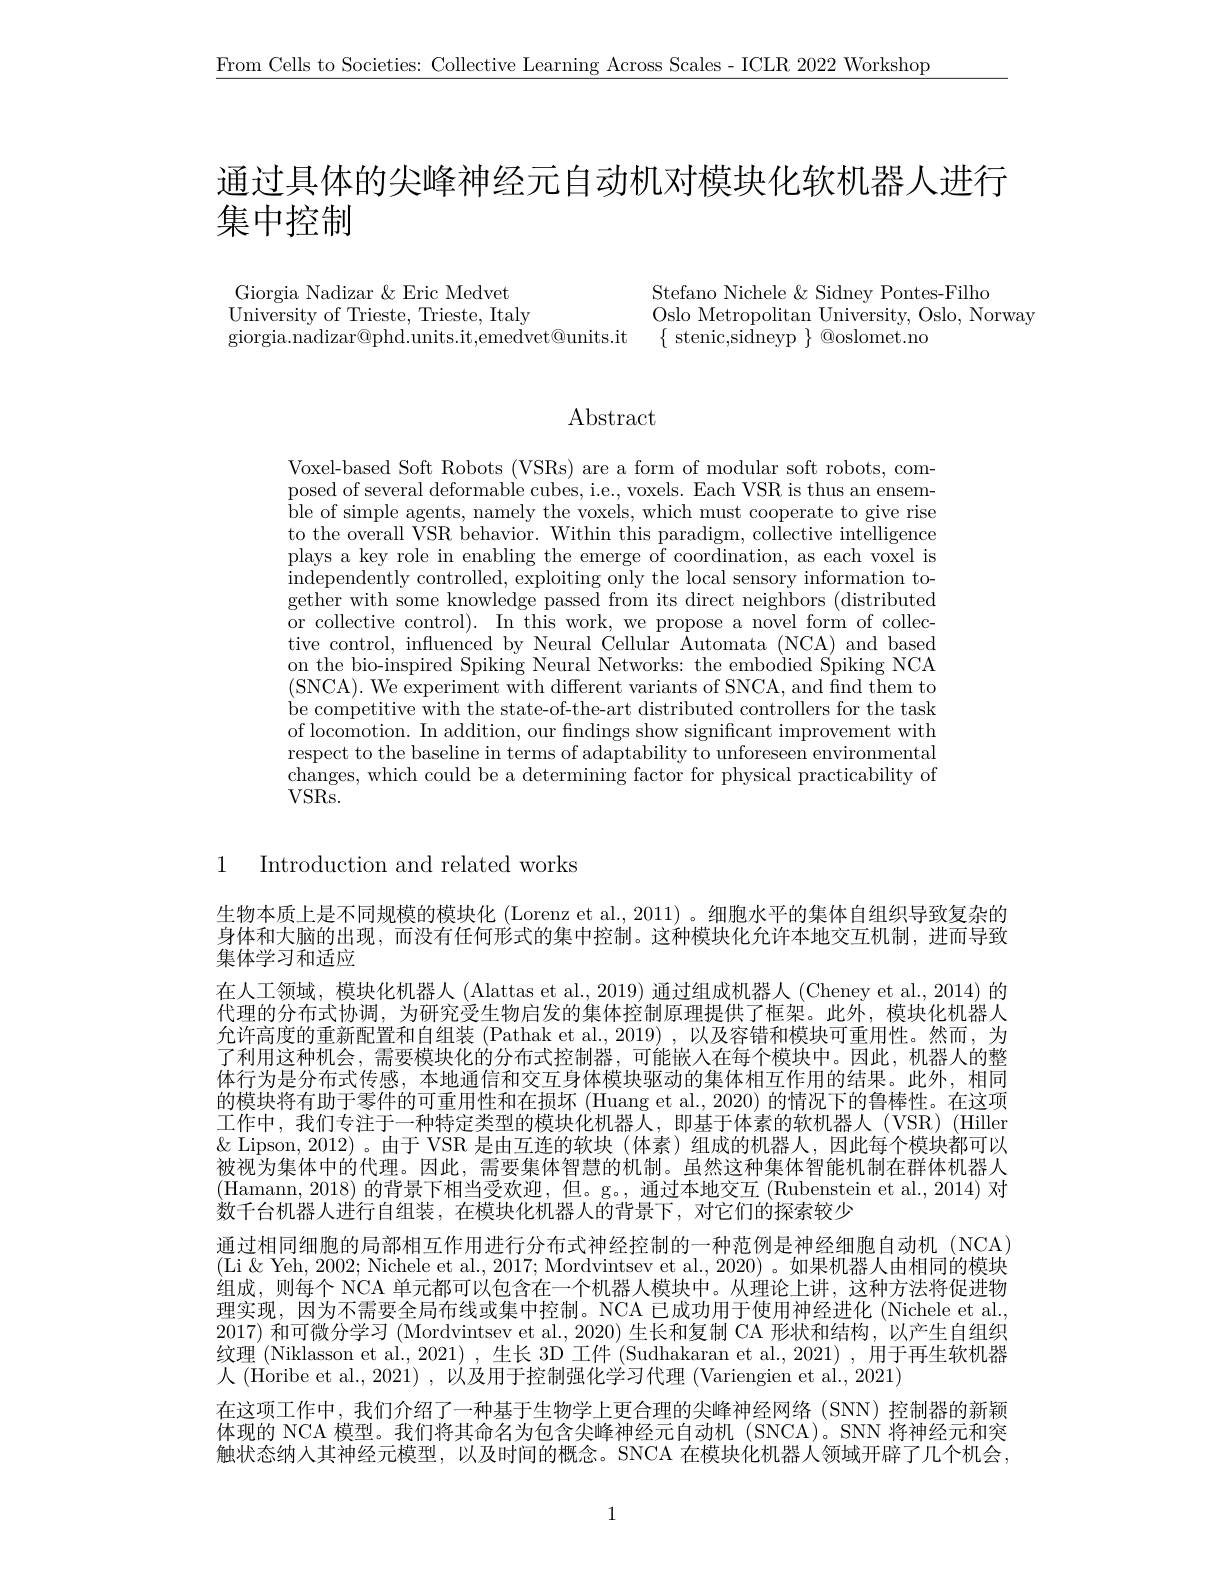
$\underline{\text{From Cells to Societies: Collective Learning Across Scales-ICLR 2022 Workshop}}$

通过具体的尖峰神经元自动机对模块化软机器人进行

集中控制

Stefano Nichele & Sidney Pontes-Filho
Oslo Metropolitan University, Oslo, Norway
$\{$ stenic,sidneyp $\}$ @oslomet.no

Giorgia Nadizar &Eric Medvet
University of Trieste, Trieste, Italy
giorgia.nadizar@phd.units.it,emedvet@units.it

# Abstract

Voxel-based Soft Robots (VSRs) are a form of modular soft robots, composed of several deformable cubes, i.e, voxels. Each VSR is thus an ensemble of simple agents, namely the voxels, which must cooperate to give rise to the overall VSR behavior. Within this paradigm, collective intelligence plays a key role in enabling the emerge of coordination, as each voxel is independently controlled, exploiting only the local sensory information together with some knowledge passed from its direct neighbors (distributed or collective control). In this work, we propose a novel form of collective control, influenced by Neural Cellular Automata (NCA) and based on the bio-inspired Spiking Neural Networks: the embodied Spiking NCA (SNCA). We experiment with different variants of SNCA, and find them to be competitive with the state-of-the-art distributed controllers for the task of locomotion. In addition, our fndings show significant improvement with respect to the baseline in terms of adaptability to unforeseen environmental changes, which could be a determining factor for physical practicability of $VSRs.$

1

Introduction and related works

生物本质上是不同规模的模块化 (Lorenz et al., 2011) 。细胞水平的集体自组织导致复杂的身体和大脑的出现，而没有任何形式的集中控制。这种模块化允许本地交互机制，进而导致集体学习和适应
在人工领域，模块化机器人 (Alattas et al., 2019) 通过组成机器人 (Cheney et al., 2014) 的代理的分布式协调，为研究受生物启发的集体控制原理提供了框架。此外，模块化机器人允许高度的重新配置和自组装 (Pathak et al., 2019) , 以及容错和模块可重用性。然而，为了利用这种机会，需要模块化的分布式控制器，可能嵌人在每个模块中。因此，机器人的整体行为是分布式传感，本地通信和交互身体模块驱动的集体相互作用的结果。此外，相同的模块将有助于零件的可重用性和在损坏 (Huang et al., 2020) 的情况下的鲁棒性。在这项工作中，我们专注于一种特定类型的模块化机器人，即基于体素的软机器人(VSR)(Hiller $\&$ Lipson, 2012)。由于 VSR 是由互连的软块(体素)组成的机器人，因此每个模块都可以被视为集体中的代理。因此，需要集体智慧的机制。虽然这种集体智能机制在群体机器人(Hamann, 2018) 的背景下相当受欢迎，但。g。, 通过本地交互 (Rubenstein et al., 2014) 对数千台机器人进行自组装，在模块化机器人的背景下，对它们的探索较少
通过相同细胞的局部相互作用进行分布式神经控制的一种范例是神经细胞自动机 (NCA) (Li $\&$ Yeh, 2002; Nichele et al., 2017; Mordvintsev et al., 2020)。如果机器人由相同的模块组成，则每个 NCA 单元都可以包含在一个机器人模块中。从理论上讲，这种方法将促进物理实现，因为不需要全局布线或集中控制。NCA 已成功用于使用神经进化 (Nichele et al. 2017)和可微分学习 (Mordvintsev et al., 2020) 生长和复制 CA 形状和结构，以产生自组织纹理 (Niklasson et al., 2021) , 生长 3D 工件 (Sudhakaran et al., 2021) , 用于再生软机器人 (Horibe et al., 2021) , 以及用于控制强化学习代理 (Variengien et al., 2021)
在这项工作中，我们介绍了一种基于生物学上更合理的尖峰神经网络(SNN)控制器的新颖体现的 NCA 模型。我们将其命名为包含尖峰神经元自动机 (SNCA)。SNN 将神经元和突触状态纳入其神经元模型，以及时间的概念。SNCA 在模块化机器人领域开辟了几个机会，

1